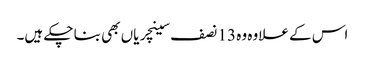
اس کے علاوہ وہ 13 نصف سینچریاں بھی بنا چکے ہیں۔